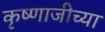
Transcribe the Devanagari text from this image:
कृष्णाजीच्या